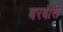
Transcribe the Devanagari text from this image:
बरबौरी